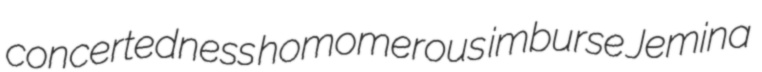
concertedness homomerous imburse Jemina